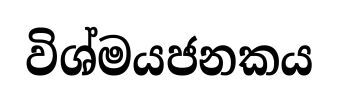
විශ්මයජනකය